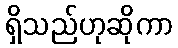
ရှိသည်ဟုဆိုကာ